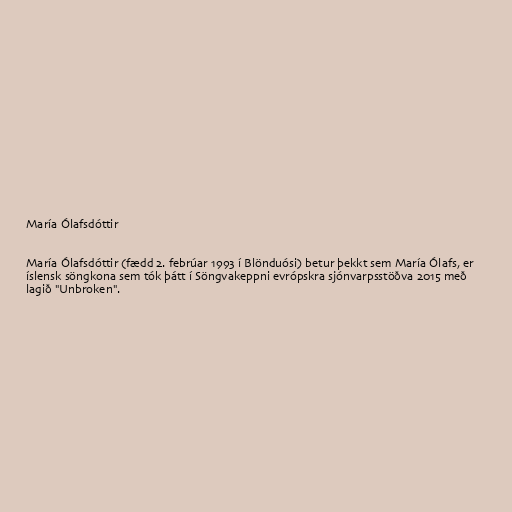
María Ólafsdóttir

María Ólafsdóttir (fædd 2. febrúar 1993 í Blönduósi) betur þekkt sem María Ólafs, er
íslensk söngkona sem tók þátt í Söngvakeppni evrópskra sjónvarpsstöðva 2015 með
lagið "Unbroken".